Civil Veterinary Department ledger series I-VI
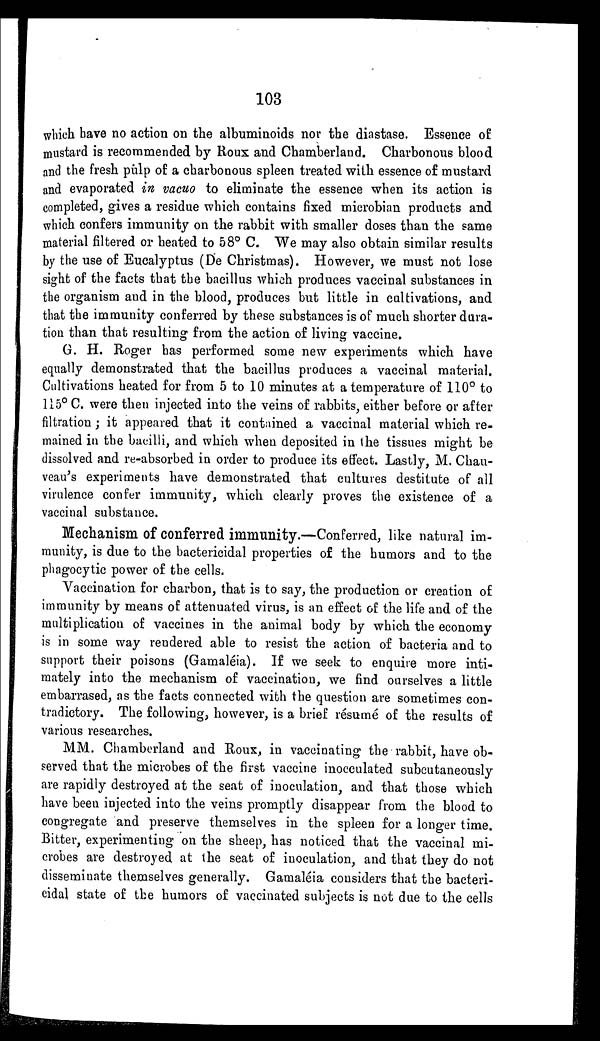
103
which have no action on the albuminoids nor the diastase. Essence of
mustard is recommended by Roux and Chamberland. Charbonous blood
and the fresh pulp of a charbonous spleen treated with essence of mustard
and evaporated in vacuo to eliminate the essence when its action is
completed, gives a residue which contains fixed microbian products and
which confers immunity on the rabbit with smaller doses than the same
material filtered or heated to 58º C. We may also obtain similar results
by the use of Eucalyptus (De Christmas). However, we must not lose
sight of the facts that the bacillus which produces vaccinal substances in
the organism and in the blood, produces but little in cultivations, and
that the immunity conferred by these substances is of much shorter dura-
tion than that resulting from the action of living vaccine.
G. H. Roger has performed some new experiments which have
equally demonstrated that the bacillus produces a vaccinal material.
Cultivations heated for from 5 to 10 minutes at a temperature of 110° to
115º C. were then injected into the veins of rabbits, either before or after
filtration; it appeared that it contained a vaccinal material which re-
mained in the bacilli, and which when deposited in the tissues might be
dissolved and re-absorbed in order to produce its effect. Lastly, M. Chau-
veau's experiments have demonstrated that cultures destitute of all
virulence confer immunity, which clearly proves the existence of a
vaccinal substance.
Mechanism of conferred immunity.—Conferred, like natural im-
munity, is due to the bactericidal properties of the humors and to the
phagocytic power of the cells.
Vaccination for charbon, that is to say, the production or creation of
immunity by means of attenuated virus, is an effect of the life and of the
multiplication of vaccines in the animal body by which the economy
is in some way rendered able to resist the action of bacteria and to
support their poisons (Gamaléia). If we seek to enquire more inti-
mately into the mechanism of vaccination, we find ourselves a little
embarrased, as the facts connected with the question are sometimes con-
tradictory. The following, however, is a brief résumé of the results of
various researches.
MM. Chamberland and Roux, in vaccinating the rabbit, have ob-
served that the microbes of the first vaccine inocculated subcutaneously
are rapidly destroyed at the seat of inoculation, and that those which
have been injected into the veins promptly disappear from the blood to
congregate and preserve themselves in the spleen for a longer time.
Bitter, experimenting on the sheep, has noticed that the vaccinal mi-
crobes are destroyed at the seat of inoculation, and that they do not
disseminate themselves generally. Gamaléia considers that the bacteri-
cidal state of the humors of vaccinated subjects is not due to the cells